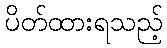
ပိတ်ထားရသည့်